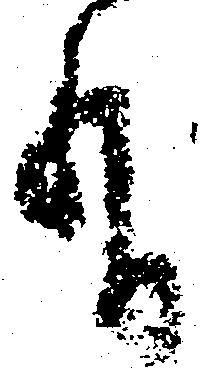
有